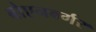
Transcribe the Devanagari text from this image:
बोएनबर्गर